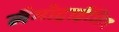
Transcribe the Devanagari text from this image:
लैमोट्राईजिन